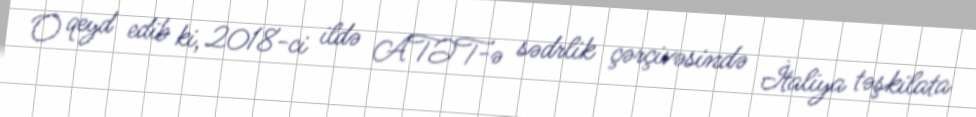
O qeyd edib ki, 2018-ci ildə ATƏT-ə sədrlik çərçivəsində İtaliya təşkilata